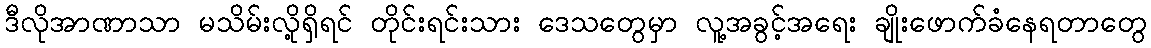
ဒီလိုအာဏာသာ မသိမ်းလို့ရှိရင် တိုင်းရင်းသား ဒေသတွေမှာ လူ့အခွင့်အရေး ချိုးဖောက်ခံနေရတာတွေ